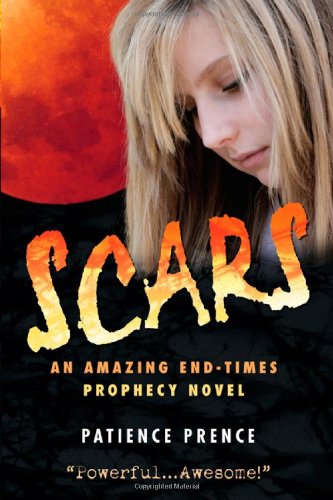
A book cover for Scars: An Amazing End-Times Prophecy Novel; Patience Prence; Christian Books & Bibles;